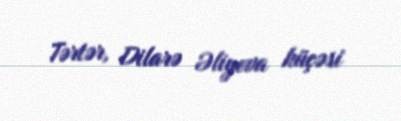
Tərtər, Dilarə Əliyeva küçəsi